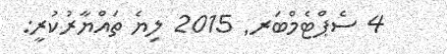
4 ސެޕްޓެމްބަރ